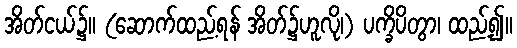
အိတ်ငယ်၌။ (ဆောက်ထည့်ရန် အိတ်၌ဟူလို၊) ပက္ခိပိတွာ၊ ထည့်၍။